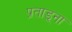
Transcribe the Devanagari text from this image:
प्रताड़्ना